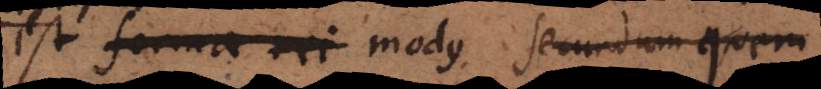
est forma rei modus secundum quem